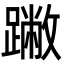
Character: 䠥